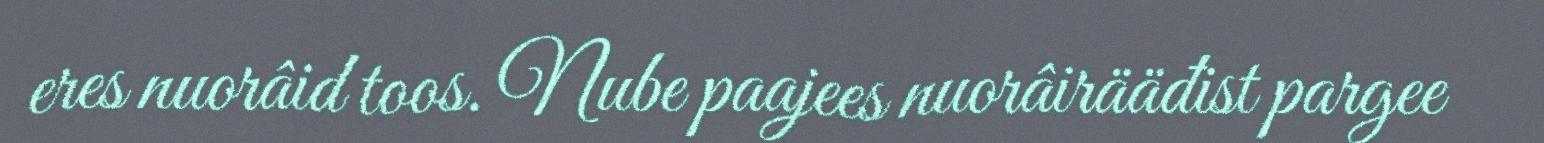
eres nuorâid toos. Nube paajees nuorâirääđist pargee